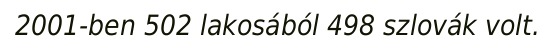
2001-ben 502 lakosából 498 szlovák volt.